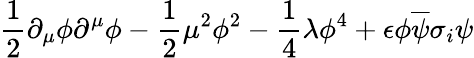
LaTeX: \frac{1}{2}\partial_{\mu}\phi\partial^{\mu}\phi-\frac{1}{2}\mu^{2}\phi^{2}-\frac{1}{4}\lambda\phi^{4}+\epsilon\phi\overline{{{\psi}}}\sigma_{i}\psi